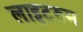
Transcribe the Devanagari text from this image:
लाइटरुम